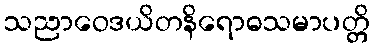
သညာဝေဒယိတနိရောဓသမာပတ္တိ